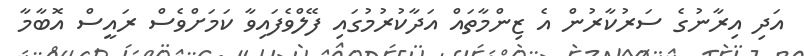
އަދި އިރާނުގެ ސަރުކާރުން އެ ޒިންމާތައް އަދާކުރުމުގައި ފޭލްވެފައިވާ ކަމަށްވެސް ރައީސް އޮބާމާ